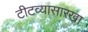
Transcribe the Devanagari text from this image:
टीटव्यासारखा